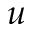
u